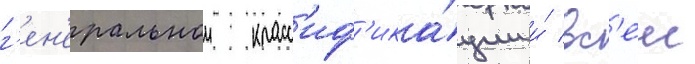
г'ен'еральнои класс'иф'ика́ции и́ вс'еи